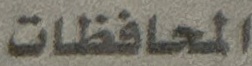
المحافظات